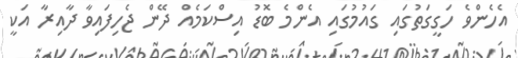
އެހެންވެ ހަގީގަތުގައި ގައުމުގައި އެންމެ ބޮޑު އިސްކަމެއް ދޭން ޖެހިފައިވާ ދާއިރާ އަކީ